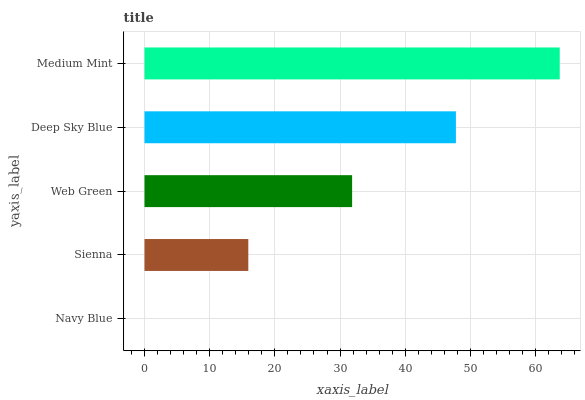
| yaxis_label | bars |
 | --- | --- |
 | Navy Blue | 0 |
 | Sienna | 15.9 |
 | Web Green | 31.8 |
 | Deep Sky Blue | 47.8 |
 | Medium Mint | 63.7 |